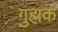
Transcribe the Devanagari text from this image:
गुह्मक